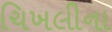
ચિખલીના